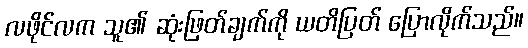
လဖိုင်လက သူ၏ ဆုံးဖြတ်ချက်ကို ယတိပြတ် ပြောလိုက်သည်။